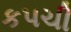
કપચી